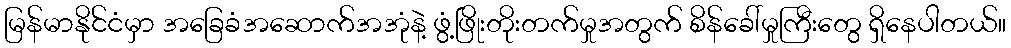
မြန်မာနိုင်ငံမှာ အခြေခံအဆောက်အအုံနဲ့ ဖွံ့ဖြိုးတိုးတက်မှုအတွက် စိန်ခေါ်မှုကြီးတွေ ရှိနေပါတယ်။